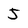
Character: 5